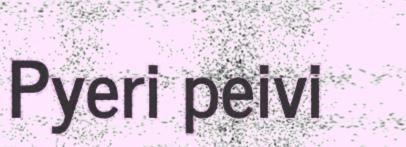
Pyeri peivi